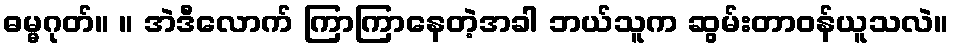
ဓမ္မဂုတ်။ ။ အဲဒီလောက် ကြာကြာနေတဲ့အခါ ဘယ်သူက ဆွမ်းတာဝန်ယူသလဲ။